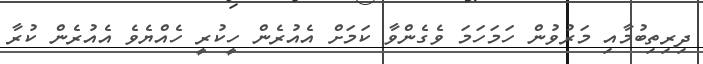
ދިރިތިބުމާއި މަރުވުން ހަމަހަމަ ވެގެންވާ ކަމަށް އެއުރެން ހީކުރީ ހެއްޔެވެ އެއުރެން ކުރާ